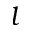
l